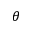
\theta